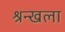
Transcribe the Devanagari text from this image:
श्रन्खला